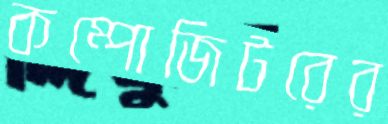
কম্পোজিটরের